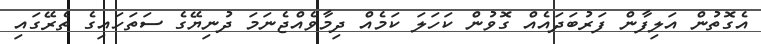
އެގޮތުން އަލިފާން ފަރުބަދައެއް ގޮވުން ކަހަލަ ކަމެއް ދިމާވެއްޖެނަމަ ދުނިޔޭގެ ސަތަހައިގެ ތެރޭގައި